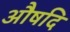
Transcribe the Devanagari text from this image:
औषदि